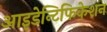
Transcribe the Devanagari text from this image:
आइडेन्टिफिकेशन